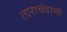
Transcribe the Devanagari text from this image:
ताराचंदाणी